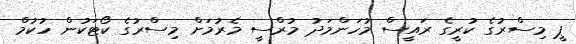
ޕީ މިސްރުގެ ކުރީގެ ރައީސް މުހަންމަދު މުރްސީ މެރުމަށް މިސްރުގެ ކޯޓަކުން ހުކުމް